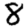
Digit: 8